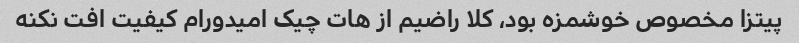
پیتزا مخصوص خوشمزه بود، کلا راضیم از هات چیک امیدورام کیفیت افت نکنه